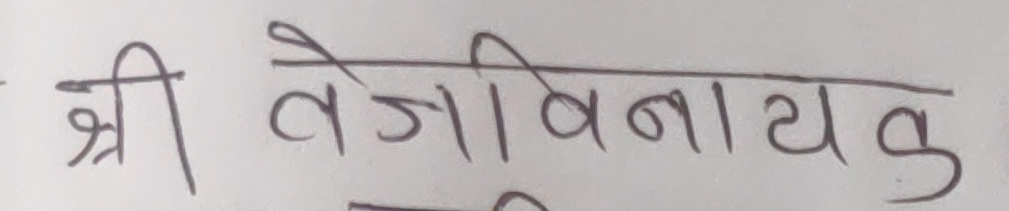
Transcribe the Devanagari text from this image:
श्री वेजीविनायक